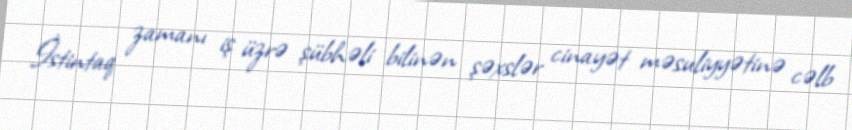
İstintaq zamanı iş üzrə şübhəli bilinən şəxslər cinayət məsuliyyətinə cəlb